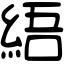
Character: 𦀡